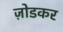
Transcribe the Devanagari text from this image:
ज़ोडकर